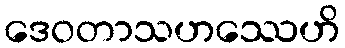
ဒေဝတာသဟဿေဟိ